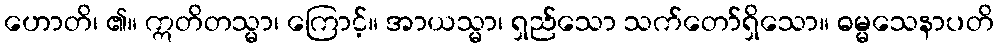
ဟောတိ၊ ၏။ ဣတိတသ္မာ၊ ကြောင့်။ အာယသ္မာ၊ ရှည်သော သက်တော်ရှိသော။ ဓမ္မသေနာပတိ